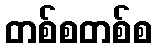
တစ်စတစ်စ